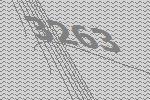
3263